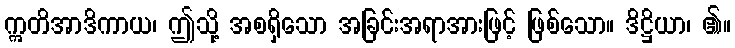
ဣတိအာဒိကာယ၊ ဤသို့ အစရှိသော အခြင်းအရာအားဖြင့် ဖြစ်သော။ ဒိဋ္ဌိယာ၊ ၏။